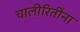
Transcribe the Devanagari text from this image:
चालीरितींना